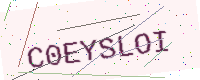
Text: C0EYSLOI